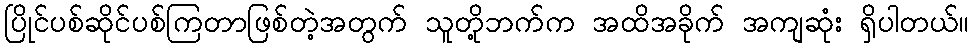
ပြိုင်ပစ်ဆိုင်ပစ်ကြတာဖြစ်တဲ့အတွက် သူတို့ဘက်က အထိအခိုက် အကျဆုံး ရှိပါတယ်။